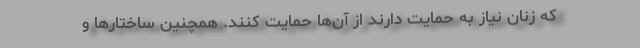
که زنان نیاز به حمایت دارند از آن‌ها حمایت کنند. همچنین ساختارها و